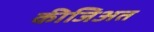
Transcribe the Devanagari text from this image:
कीजिअत